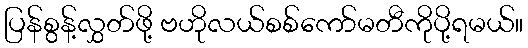
ပြန်စွန့်လွှတ်ဖို့ ဗဟိုလယ်စစ်ကော်မတီကိုပို့ရမယ်။